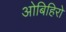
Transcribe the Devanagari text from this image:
ओबिहिरो